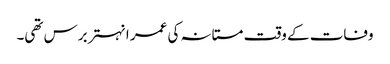
وفات کے وقت مستانہ کی عمر انہتر برس تھی۔